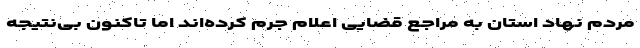
مردم نهاد استان به مراجع قضایی اعلام جرم کرده‌اند اما تاکنون بی‌نتیجه